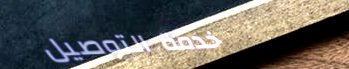
خدمة التوصيل